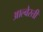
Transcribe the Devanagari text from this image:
आल्वेरती